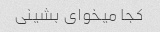
کجا میخوای بشینی